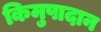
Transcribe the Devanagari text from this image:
किमुपादान